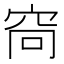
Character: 𫁋